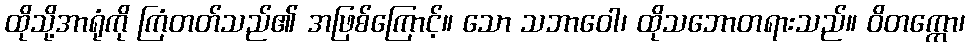
ထိုသို့အာရုံကို ကြံတတ်သည်၏ အဖြစ်ကြောင့်။ သော သဘာဝေါ၊ ထိုသဘောတရားသည်။ ဝိတက္ကော၊